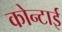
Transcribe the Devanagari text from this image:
कोन्टाई